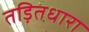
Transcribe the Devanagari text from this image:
तड़ितधारा